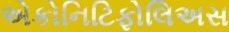
એકોનિટિફોલિઅસ